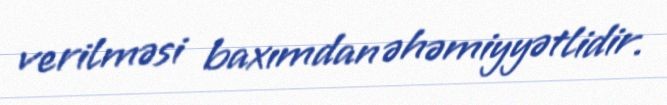
verilməsi baxımdan əhəmiyyətlidir.